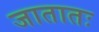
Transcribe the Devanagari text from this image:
जातातः